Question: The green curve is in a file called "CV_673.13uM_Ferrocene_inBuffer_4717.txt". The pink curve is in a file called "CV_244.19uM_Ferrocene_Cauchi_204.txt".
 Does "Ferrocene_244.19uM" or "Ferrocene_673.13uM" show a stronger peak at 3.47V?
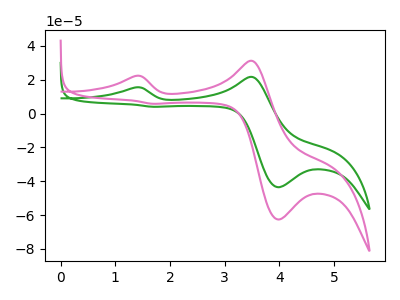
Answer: <think>The green curve "Ferrocene_673.13uM" has anodic peaks at (1.35V, 15.50uA) (3.45V, 21.70uA) and cathodic peaks at (4.00V, -43.50uA) (1.70V, 4.05uA). The pink curve "Ferrocene_244.19uM" has anodic peaks at (1.35V, 22.25uA) (3.45V, 31.20uA) and cathodic peaks at (4.00V, -62.60uA) (1.70V, 5.80uA).</think>
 <answer>The peak at 3.47V is higher in "Ferrocene_244.19uM" than in "Ferrocene_673.13uM".</answer>
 <eval>higher</eval>